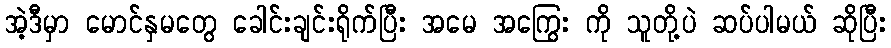
အဲ့ဒီမှာ မောင်နှမတွေ ခေါင်းချင်းရိုက်ပြီး အမေ အကြွေး ကို သူတို့ပဲ ဆပ်ပါမယ် ဆိုပြီး